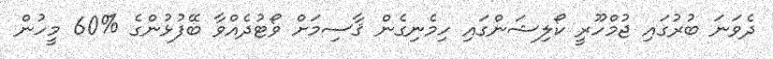
ދެވަނަ ބުރުގައި ޖުމްހޫރީ ކޯލިޝަންގައި ހިމެނިގެން ޤާސިމަށް ވޯޓުދެއްވާ ބޭފުޅުންގެ %60 މީހުން